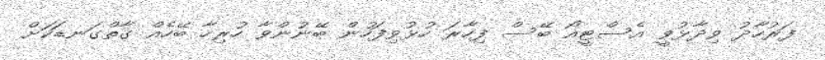
ފަރުހާދު ވިދާޅުވީ އެސްޓީއޯ ބޭސް ފިހާރަ ހުޅުވިފަހުން ބޭނުންވާ ހުރިހާ ބޭހެއް ގާތްގަނޑަކަށް